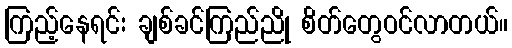
ကြည့်နေရင်း ချစ်ခင်ကြည်ညို စိတ်တွေဝင်လာတယ်။